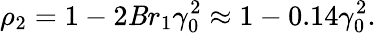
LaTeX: \rho_{2}=1-2\mathit{B}r_{1}\gamma_{0}^{2}\approx1-0.14\gamma_{0}^{2}.